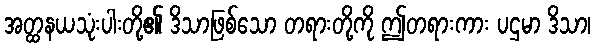
အတ္ထနယသုံးပါးတို့၏ ဒိသာဖြစ်သော တရားတို့ကို ဤတရားကား ပဌမာ ဒိသာ၊